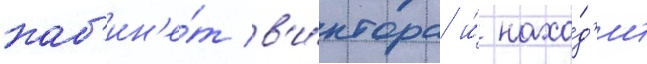
каб'ин'е́т в'и́ктора и́ нахо́д'ит